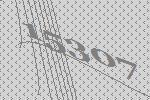
15307